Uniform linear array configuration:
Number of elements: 32
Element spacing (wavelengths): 1
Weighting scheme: uniform
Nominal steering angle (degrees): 30
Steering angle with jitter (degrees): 31.878
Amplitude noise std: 0.05
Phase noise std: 0.05

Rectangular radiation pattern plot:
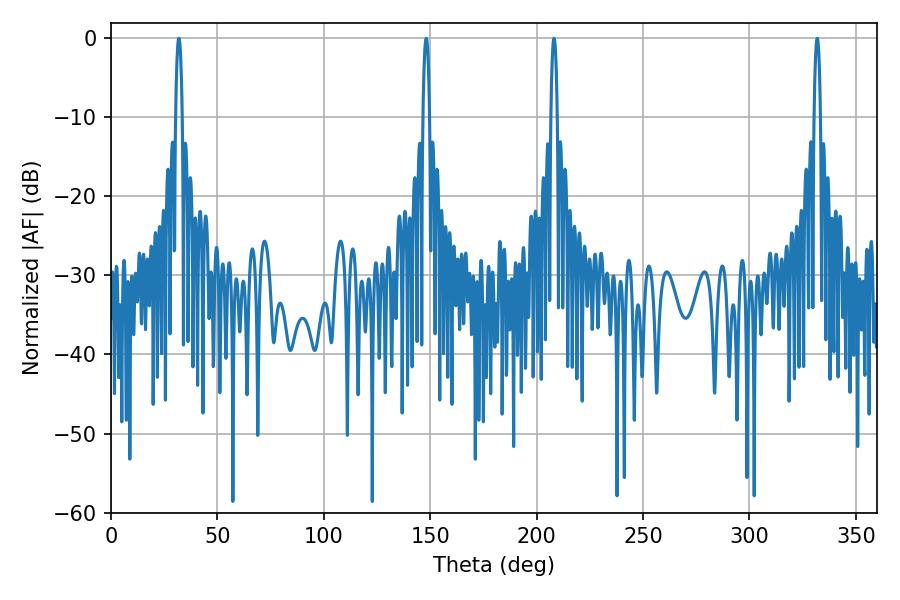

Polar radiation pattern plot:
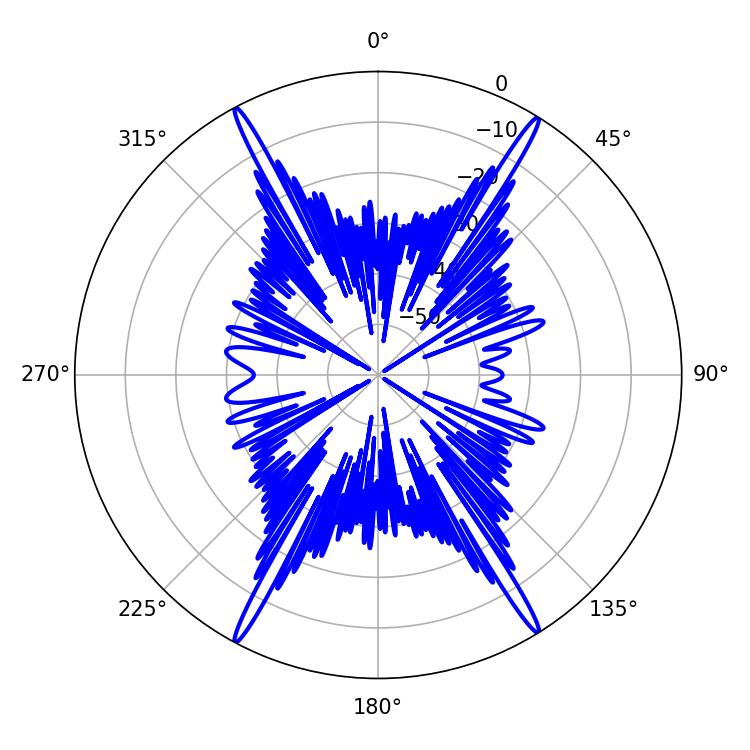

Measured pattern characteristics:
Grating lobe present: TRUE
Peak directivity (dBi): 25.68
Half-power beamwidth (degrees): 1.8
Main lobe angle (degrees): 148.14